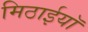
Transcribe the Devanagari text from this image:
मिठाईयाॅ